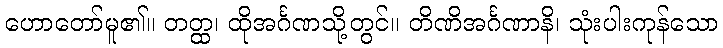
ဟောတော်မူ၏။ တတ္ထ၊ ထိုအင်္ဂဏသို့တွင်။ တိဏိအင်္ဂဏာနိ၊ သုံးပါးကုန်သော